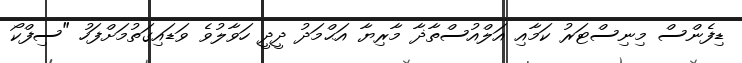
ޑިފެންސް މިނިސްޓަރު ކަމާއި އަލްއުސްތާޛާ މާރިޔާ އަޙްމަދު ދީދީ ހަވާލުވެ ވަޑައިގަތުމަށްފަހު "ސިފްކޯ